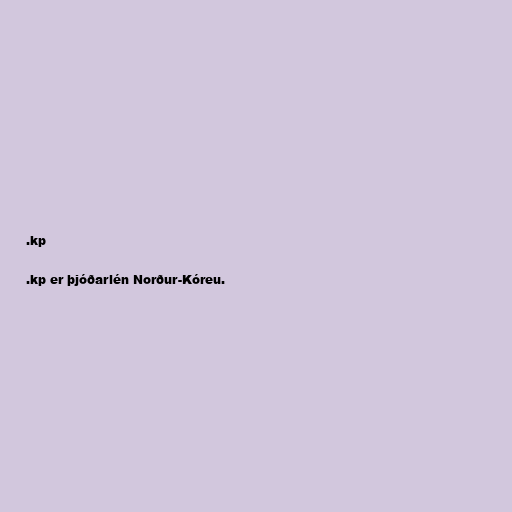
.kp

.kp er þjóðarlén Norður-Kóreu.